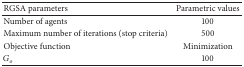
<table><thead><tr><td><b>RGSA parameters</b></td><td><b>Parametric values</b></td></tr></thead><tbody><tr><td>Number of agents</td><td>100</td></tr><tr><td>Maximum number of iterations (stop criteria)</td><td>500</td></tr><tr><td>Objective function</td><td>Minimization</td></tr><tr><td><i>G</i><sub><i>o</i></sub></td><td>100</td></tr></tbody></table>